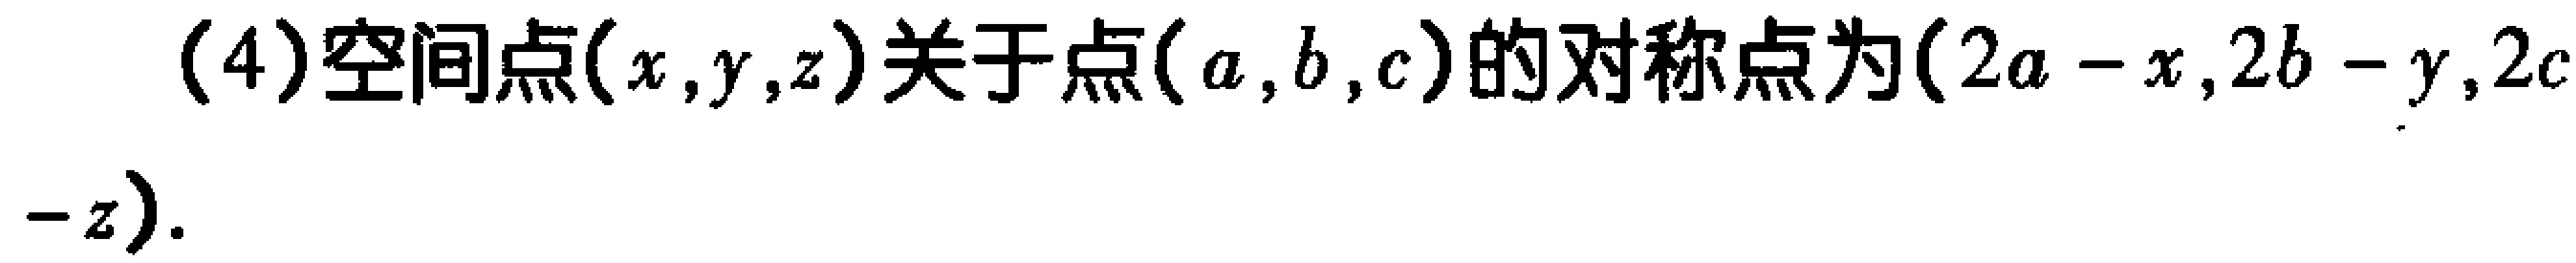
(4)空间点\((x,y,z)\)关于点\((a,b,c)\)的对称点为\((2a - x,2b - y,2c - z)\).